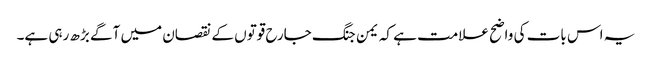
یہ اس بات کی واضح علامت ہے کہ یمن جنگ جارح قوتوں کے نقصان میں آگے بڑھ رہی ہے۔